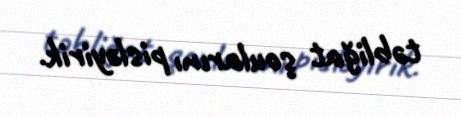
təbliğat şoularını pisləyirik.